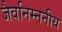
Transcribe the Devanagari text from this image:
जैवनिम्ननीय